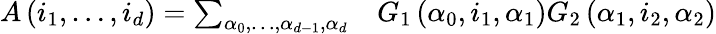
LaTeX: \begin{array}{rl}{A\left(i_{1},\ldots,i_{d}\right)=\sum_{\alpha_{0},\ldots,\alpha_{d-1},\alpha_{d}}}&{{}G_{1}\left(\alpha_{0},i_{1},\alpha_{1}\right)G_{2}\left(\alpha_{1},i_{2},\alpha_{2}\right)}\end{array}